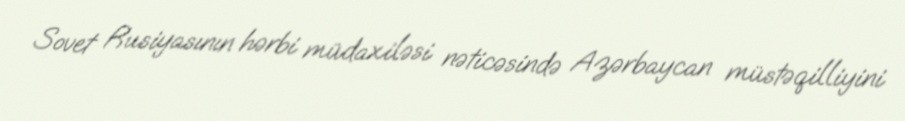
Sovet Rusiyasının hərbi müdaxiləsi nəticəsində Azərbaycan müstəqilliyini